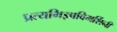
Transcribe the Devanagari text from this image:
प्रत्यभिज्ञाविमर्शिनी